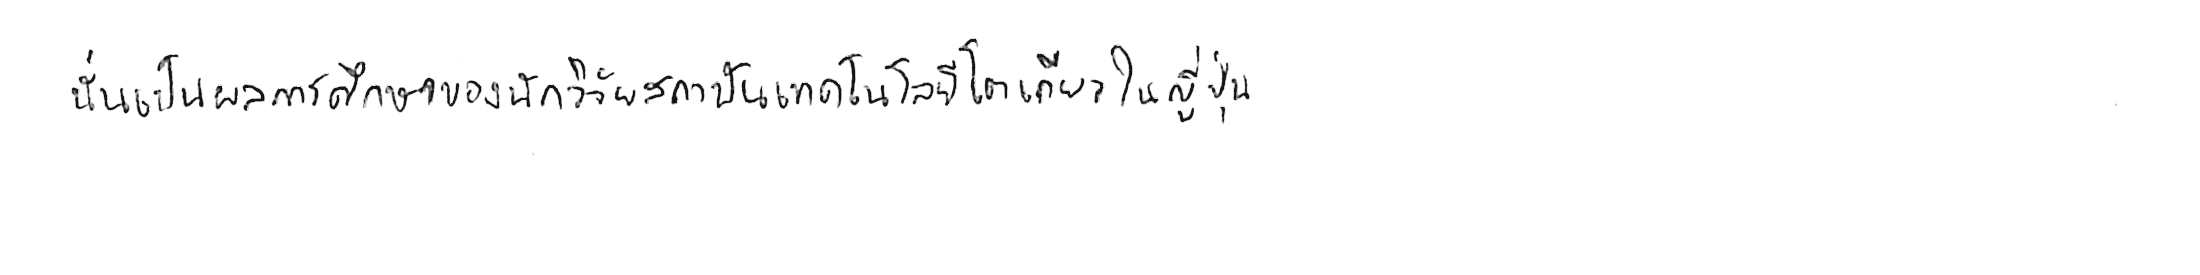
นั่นเป็นผลการศึกษาของนักวิจัยสถาบันเทคโนโลยีโตเกียว ในญี่ปุ่น